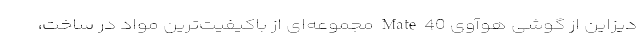
دیزاین از گوشی هوآوی Mate 40 مجموعه‌ای از باکیفیت‌ترین مواد در ساخت،